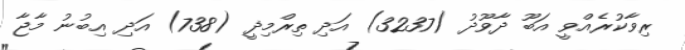
ރިވާކުރެއްވީ އަބޫ ދާވޫދު (3237) އަދި ތިރްމިޛީ (738) އަދި އިބުނު މާޖާ